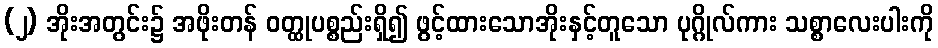
(၂) အိုးအတွင်း၌ အဖိုးတန် ဝတ္ထုပစ္စည်းရှိ၍ ဖွင့်ထားသောအိုးနှင့်တူသော ပုဂ္ဂိုလ်ကား သစ္စာလေးပါးကို